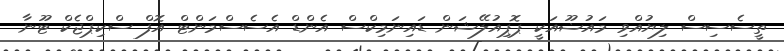
ތީސެސިސް ލިޔުއްވި މައުޟޫއަކީ ޕޮޕިއުލޭޝަން ޑައިނަމިކްސް އެންޑް އެސެސްމަންޓް އޮފް ސްކިޕްޖެކް ޓޫނާ